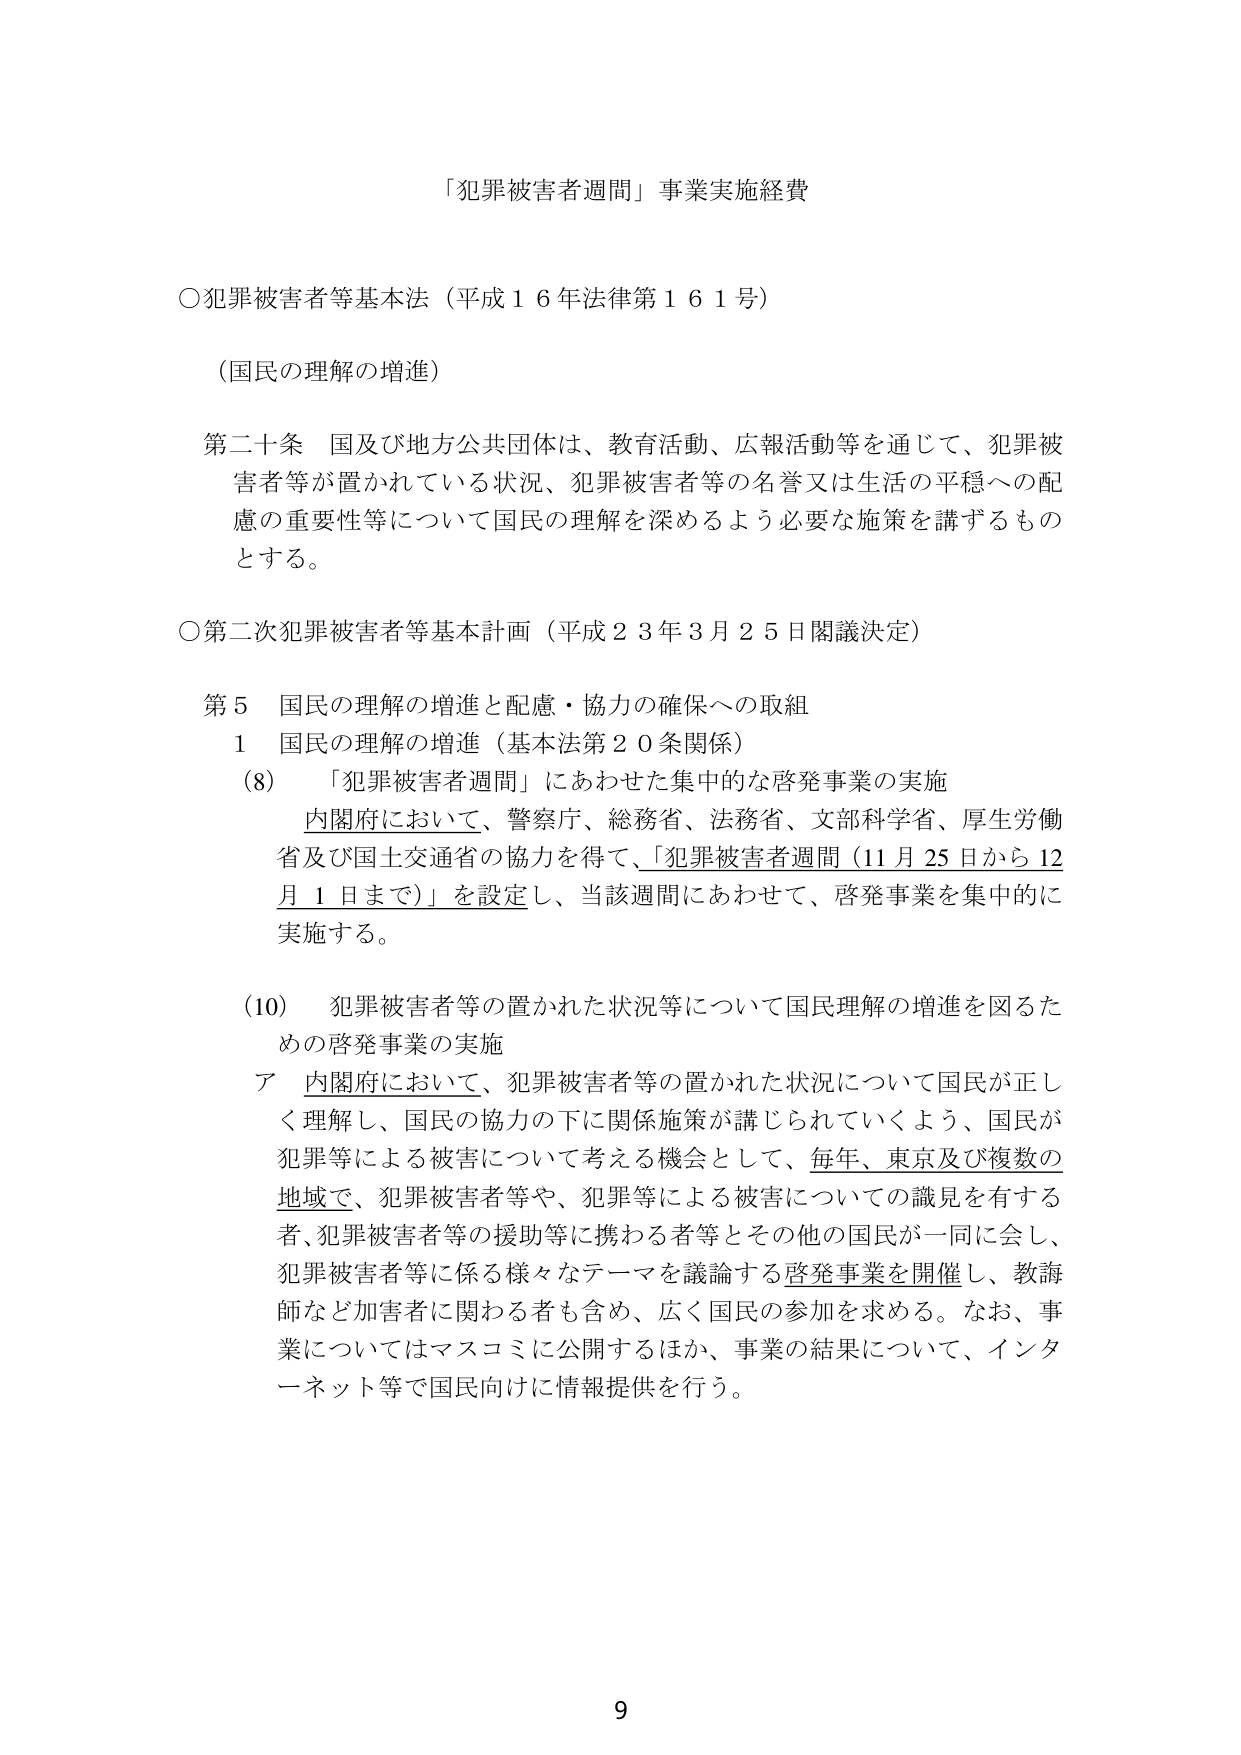
「犯罪被害者週間」事業実施経費

○犯罪被害者等基本法（平成１６年法律第１６１号）

（国民の理解の増進）

第二十条　国及び地方公共団体は、教育活動、広報活動等を通じて、犯罪被害者等が置かれている状況、犯罪被害者等の名誉又は生活の平穏への配慮の重要性等について国民の理解を深めるよう必要な施策を講ずるものとする。

○第二次犯罪被害者等基本計画（平成２３年３月２５日閣議決定）

第５　国民の理解の増進と配慮・協力の確保への取組
　１　国民の理解の増進（基本法第２０条関係）
　　(8)　「犯罪被害者週間」にあわせた集中的な啓発事業の実施
　　　　内閣府において、警察庁、総務省、法務省、文部科学省、厚生労働省及び国土交通省の協力を得て、「犯罪被害者週間（11月25日から12月1日まで）」を設定し、当該週間にあわせて、啓発事業を集中的に実施する。

　　(10)　犯罪被害者等の置かれた状況等について国民理解の増進を図るための啓発事業の実施
　　　ア　内閣府において、犯罪被害者等の置かれた状況について国民が正しく理解し、国民の協力の下に関係施策が講じられていくよう、国民が犯罪等による被害について考える機会として、毎年、東京及び複数の地域で、犯罪被害者等や、犯罪等による被害についての識見を有する者、犯罪被害者等の援助等に携わる者等とその他の国民が一同に会し、犯罪被害者等に係る様々なテーマを議論する啓発事業を開催し、教誨師など加害者に関わる者も含め、広く国民の参加を求める。なお、事業についてはマスコミに公開するほか、事業の結果について、インターネット等で国民向けに情報提供を行う。

9